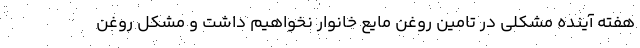
هفته آینده مشکلی در تامین روغن مایع خانوار نخواهیم داشت و مشکل روغن